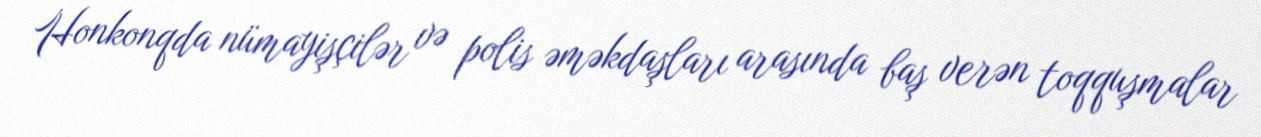
Honkonqda nümayişçilər və polis əməkdaşları arasında baş verən toqquşmalar